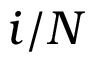
i / N